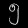
Digit: ၅